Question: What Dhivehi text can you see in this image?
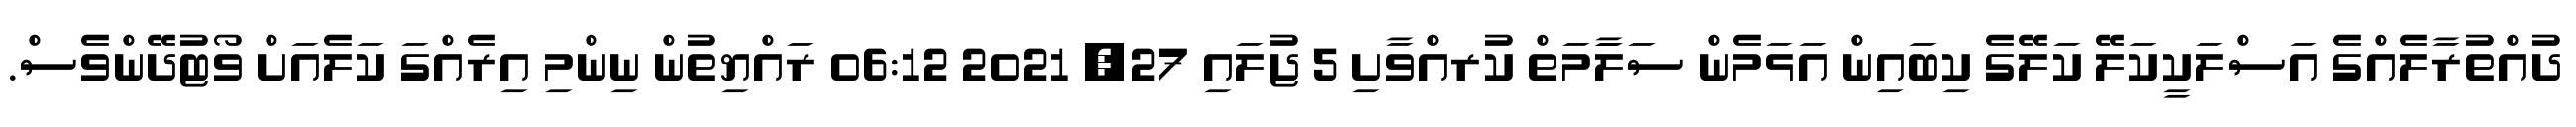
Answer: ދުއްތުރާލެއްގެ އަސްލަކީކަލޭ ކަލޭގެ ކިބައިން އަޅަމެން ސަލަާމަތް ކުރއްވާށި 5 ޖުލައި 27, 2021 06:12 ރައްޔިތުން ނިންމި އިރެއްގަ ކަލެއަށް ވޯޓުދޭންވެސް.